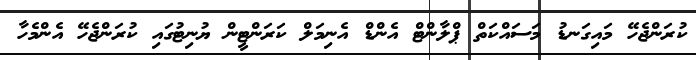
ކުރަންޖެހޭ މައިގަނޑު މަސައްކަތް ޕްލާންޓް އެންޑް އެނިމަލް ކަރަންޓީން ޔުނިޓުގައި ކުރަންޖެހޭ އެންމެހާ